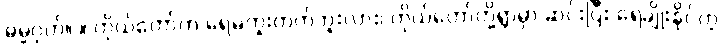
ဓမ္မဂုတ်။ ။ ကိုယ်တော်က ရေမကူးတတ်ဘူးလား၊ ကိုယ်တော်တို့ရွာမှာ ဆင်းပြီး ရေချိုးနိုင်တဲ့